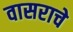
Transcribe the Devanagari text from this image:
वासराचे